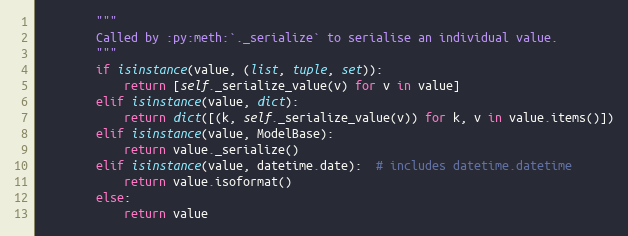
Language: Python
        """
        Called by :py:meth:`._serialize` to serialise an individual value.
        """
        if isinstance(value, (list, tuple, set)):
            return [self._serialize_value(v) for v in value]
        elif isinstance(value, dict):
            return dict([(k, self._serialize_value(v)) for k, v in value.items()])
        elif isinstance(value, ModelBase):
            return value._serialize()
        elif isinstance(value, datetime.date):  # includes datetime.datetime
            return value.isoformat()
        else:
            return value